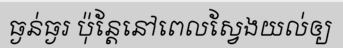
ធ្ងន់ធ្ងរ ប៉ុន្តែនៅពេលស្វែងយល់ឲ្យ